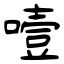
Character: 噎